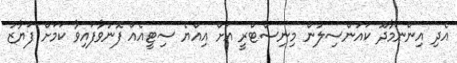
އެދި އިންނަމާދޫ ކައުންސިލުން މިނިސްޓްރީ އަށް އިއްޔެ ސިޓީއެއް ފޮނުވާފައިވާ ކަމަށް ފަޔާޒު